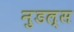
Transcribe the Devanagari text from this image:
नुडल्स